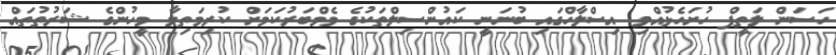
ހަސަން ލަތީފް ހުށަހެޅުއްވި އިސްލާހްގައި ބުނަނީ ކައުންސިލްތަކުގެ މެމްބަރުކަމަށް ކުރިމަތިލާ މީހުންގެ ޝަރުތުތައް